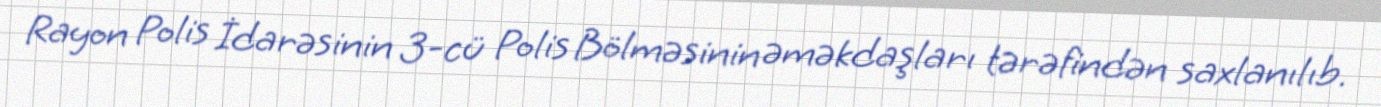
Rayon Polis İdarəsinin 3-cü Polis Bölməsinin əməkdaşları tərəfindən saxlanılıb.